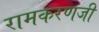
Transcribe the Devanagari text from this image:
रामकरणजी